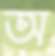
অ